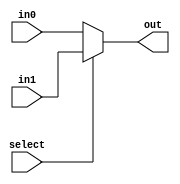
module mux_2_one_bit(out, select, in0, in1);

    input select;
    input in0, in1;
    output out;
    assign out = select ? in1 : in0;
    
endmodule

module mux_2(out, select, in0, in1);

    input select;
    input [31:0] in0, in1;
    output [31:0] out;
    assign out = select ? in1 : in0;
    
endmodule

module mux_4_one_bit(out, select, in0, in1, in2, in3);

    input [1:0] select;
    input in0, in1, in2, in3;
    output out;
    wire w1, w2;
    
    mux_2_one_bit first_top(w1, select[0], in0, in1);
    mux_2_one_bit first_bottom(w2, select[0], in2, in3);
    mux_2_one_bit second(out, select[1], w1, w2);

endmodule

module mux_4(out, select, in0, in1, in2, in3);

    input [1:0] select;
    input [31:0] in0, in1, in2, in3;
    output [31:0] out;
    wire [31:0] w1, w2;
    
    mux_2 first_top(w1, select[0], in0, in1);
    mux_2 first_bottom(w2, select[0], in2, in3);
    mux_2 second(out, select[1], w1, w2);

endmodule

module mux_8_one_bit(out, select, in0, in1, in2, in3, in4, in5, in6, in7);

    input [2:0] select;
    input in0, in1, in2, in3, in4, in5, in6, in7;
    output out;
    wire w1, w2;
    
    mux_4_one_bit first_top(w1, select[1:0], in0, in1, in2, in3);
    mux_4_one_bit first_bottom(w2, select[1:0], in4, in5, in6, in7);
    mux_2_one_bit second(out, select[2], w1, w2);

endmodule

module mux_8(out, select, in0, in1, in2, in3, in4, in5, in6, in7);

    input [2:0] select;
    input [31:0] in0, in1, in2, in3, in4, in5, in6, in7;
    output [31:0] out;
    wire [31:0] w1, w2;
    
    mux_4 first_top(w1, select[1:0], in0, in1, in2, in3);
    mux_4 first_bottom(w2, select[1:0], in4, in5, in6, in7);
    mux_2 second(out, select[2], w1, w2);

endmodule

module mux_16_one_bit(out, select, in0, in1, in2, in3, in4, in5, in6, in7, in8, in9, in10, in11, in12, in13, in14, in15);

    input [3:0] select;
    input in0, in1, in2, in3, in4, in5, in6, in7, in8, in9, in10, in11, in12, in13, in14, in15;
    output out;
    wire w1, w2;
    
    mux_8_one_bit first_top(w1, select[2:0], in0, in1, in2, in3, in4, in5, in6, in7);
    mux_8_one_bit first_bottom(w2, select[2:0], in8, in9, in10, in11, in12, in13, in14, in15);
    mux_2_one_bit second(out, select[3], w1, w2);

endmodule

module mux_16(out, select, in0, in1, in2, in3, in4, in5, in6, in7, in8, in9, in10, in11, in12, in13, in14, in15);

    input [3:0] select;
    input [31:0] in0, in1, in2, in3, in4, in5, in6, in7, in8, in9, in10, in11, in12, in13, in14, in15;
    output [31:0] out;
    wire [31:0] w1, w2;
    
    mux_8 first_top(w1, select[2:0], in0, in1, in2, in3, in4, in5, in6, in7);
    mux_8 first_bottom(w2, select[2:0], in8, in9, in10, in11, in12, in13, in14, in15);
    mux_2 second(out, select[3], w1, w2);

endmodule

module mux_32_one_bit(out, select, in0, in1, in2, in3, in4, in5, in6, in7, in8, in9, in10, in11, in12, in13, in14, in15, in16, in17, in18, in19, in20, in21, in22, in23, in24, in25, in26, in27, in28, in29, in30, in31);

    input [4:0] select;
    input in0, in1, in2, in3, in4, in5, in6, in7, in8, in9, in10, in11, in12, in13, in14, in15, in16, in17, in18, in19, in20, in21, in22, in23, in24, in25, in26, in27, in28, in29, in30, in31;
    output out;
    
    wire w1, w2, w3, w4, w5, w6, w7, w8, w9, w10;

    // layer one: 8 4:1 muxes
    mux_4_one_bit first(w1, select[1:0], in0, in1, in2, in3);
    mux_4_one_bit second(w2, select[1:0], in4, in5, in6, in7);
    mux_4_one_bit third(w3, select[1:0], in8, in9, in10, in11);
    mux_4_one_bit fourth(w4, select[1:0], in12, in13, in14, in15);
    mux_4_one_bit fifth(w5, select[1:0], in16, in17, in18, in19);
    mux_4_one_bit sixth(w6, select[1:0], in20, in21, in22, in23);
    mux_4_one_bit seventh(w7, select[1:0], in24, in25, in26, in27);
    mux_4_one_bit eigth(w8, select[1:0], in28, in29, in30, in31);
    
    // layer two: 2 4:1 muxes
    mux_4_one_bit first_mux_8(w9, select[3:2], w1, w2, w3, w4);
    mux_4_one_bit second_mux_8(w10, select[3:2], w5, w6, w7, w8);
    
    // layer three: 1 2:1 mux
    mux_2_one_bit final_mux_32(out, select[4], w9, w10);

endmodule

module mux_32(out, select, in0, in1, in2, in3, in4, in5, in6, in7, in8, in9, in10, in11, in12, in13, in14, in15, in16, in17, in18, in19, in20, in21, in22, in23, in24, in25, in26, in27, in28, in29, in30, in31);

    input [4:0] select;
    input [31:0] in0, in1, in2, in3, in4, in5, in6, in7, in8, in9, in10, in11, in12, in13, in14, in15, in16, in17, in18, in19, in20, in21, in22, in23, in24, in25, in26, in27, in28, in29, in30, in31;
    output [31:0] out;
    
    wire [31:0] w1, w2, w3, w4, w5, w6, w7, w8, w9, w10;

    // layer one: 8 4:1 muxes
    mux_4 first(w1, select[1:0], in0, in1, in2, in3);
    mux_4 second(w2, select[1:0], in4, in5, in6, in7);
    mux_4 third(w3, select[1:0], in8, in9, in10, in11);
    mux_4 fourth(w4, select[1:0], in12, in13, in14, in15);
    mux_4 fifth(w5, select[1:0], in16, in17, in18, in19);
    mux_4 sixth(w6, select[1:0], in20, in21, in22, in23);
    mux_4 seventh(w7, select[1:0], in24, in25, in26, in27);
    mux_4 eigth(w8, select[1:0], in28, in29, in30, in31);
    
    // layer two: 2 4:1 muxes
    mux_4 first_mux_8(w9, select[3:2], w1, w2, w3, w4);
    mux_4 second_mux_8(w10, select[3:2], w5, w6, w7, w8);
    
    // layer three: 1 2:1 mux
    mux_2 final_mux_32(out, select[4], w9, w10);

endmodule